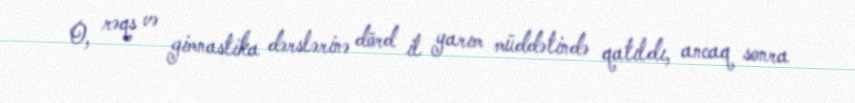
O, rəqs və gimnastika dərslərinə dörd il yarım müddətində qatıldı, ancaq sonra